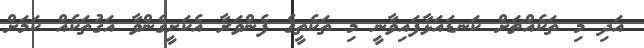
އަދި މި ތަކެއްޗަށް ކަނޑައަޅާފައިވާނީ މި ތަކެތީގެ ފެންވަރާ އެކަށީގެންވާ އަގުތަކެއް ކަމަށް